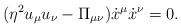
\begin{align*} (\eta^2u_\mu u_\nu-\Pi_{\mu\nu})\dot{x}^\mu\dot{x}^\nu=0.\end{align*}